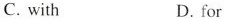
C. with D. for